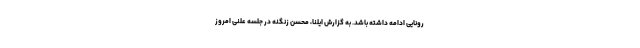
رونایی ادامه داشته باشد. به گزارش ایلنا، محسن زنگنه در جلسه علنی امروز